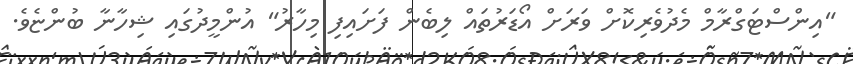
"އިންސްޓަގްރާމް މެދުވެރިކޮށް ވަރަށް އޯޑަރުތައް ލިބެން ފަށައިފި މިހާރު" އުންމީދުގައި ޝިހާނާ ބުންޏެވެ.